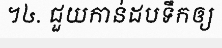
។៤. ជួយកាន់ដបទឹកឲ្យ